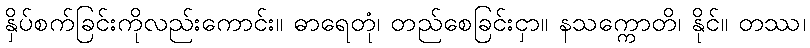
နှိပ်စက်ခြင်းကိုလည်းကောင်း။ ဓာရေတုံ၊ တည်စေခြင်းငှာ။ နသက္ကောတိ၊ နိုင်။ တဿ၊